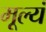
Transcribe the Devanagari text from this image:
मूल्यं